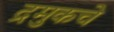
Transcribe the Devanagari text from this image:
द्रमुकचे